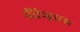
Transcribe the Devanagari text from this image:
पॅरेग्राफ